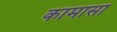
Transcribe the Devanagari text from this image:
कामासा